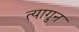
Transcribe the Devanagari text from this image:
त्यागुन